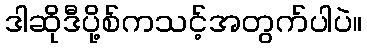
ဒါဆိုဒီပို့စ်ကသင့်အတွက်ပါပဲ။